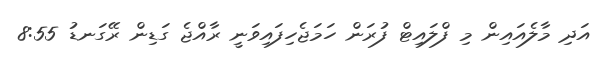
އަދި މާލެއައިން މި ފްލައިޓް ފުރަން ހަމަޖެހިފައިވަނީ ރާއްޖެ ގަޑިން ރޭގަނޑު 8:55